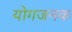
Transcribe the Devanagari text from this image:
योगजनक